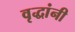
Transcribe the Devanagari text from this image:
वृद्धांनी